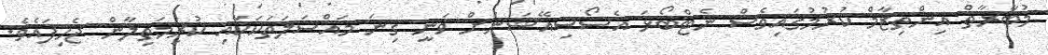
މުބާރާތް އިންތިޒާމް ކުރުމުގައިވެސް ނެޓްބޯޅަ އެސޯސިއޭޝަނަށް ވަނީ ގިނަ މައްސަލަތަކަކާއި ކުރިމަތިލާން ޖެހިފައެވެ.